Code of medical and sanitary regulations for the guidance of medical officers serving in the Madras Presidency - Volume II
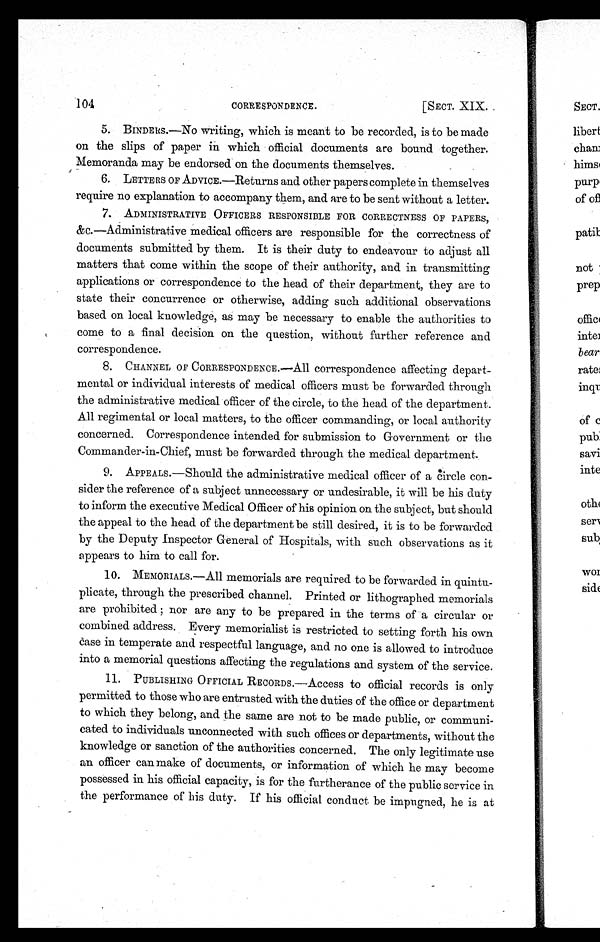
104
CORRESPONDENCE.
[SECT. XIX.
5. BINDERS.—No writing, which is meant to be recorded, is to be made
on the slips of paper in which official documents are bound together.
Memoranda may be endorsed on the documents themselves.
6. LETTERS OF ADVICE.—Returns and other papers complete in themselves
require no explanation to accompany them, and are to be sent without a letter.
7. ADMINISTRATIVE OFFICERS RESPONSIBLE FOR CORRECTNESS OF PAPERS,
&C.—Administrative medical officers are responsible for the correctness of
documents submitted by them. It is their duty to endeavour to adjust all
matters that come within the scope of their authority, and in transmitting
applications or correspondence to the head of their department, they are to
state their concurrence or otherwise, adding such additional observations
based on local knowledge, as may be necessary to enable the authorities to
come to a final decision on the question, without further reference and
correspondence.
8. CHANNEL OF CORRESPONDENCE.—All correspondence affecting depart-
mental or individual interests of medical officers must be forwarded through
the administrative medical officer of the circle, to the head of the department.
All regimental or local matters, to the officer commanding, or local authority
concerned. Correspondence intended for submission to Government or the
Commander-in-Chief, must be forwarded through the medical department.
9. APPEALS.—Should the administrative medical officer of a circle con-
sider the reference of a subject unnecessary or undesirable, it will be his duty
to inform the executive Medical Officer of his opinion on the subject, but should
the appeal to the head of the department be still desired, it is to be forwarded
by the Deputy Inspector General of Hospitals, with such observations as it
appears to him to call for.
10. MEMORIALS.—All memorials are required to be forwarded in quintu-
plicate, through the prescribed channel. Printed or lithographed memorials
are prohibited; nor are any to be prepared in the terms of a circular or
combined address. Every memorialist is restricted to setting forth his own
case in temperate and respectful language, and no one is allowed to introduce
into a memorial questions affecting the regulations and system of the service.
11. PUBLISHING OFFICIAL RECORDS.—Access to official records is only
permitted to those who are entrusted with the duties of the office or department
to which they belong, and the same are not to be made public, or communi-
cated to individuals unconnected with such offices or departments, without the
knowledge or sanction of the authorities concerned. The only legitimate use
an officer can make of documents, or information of which he may become
possessed in his official capacity, is for the furtherance of the public service in
the performance of his duty. If his official conduct be impugned, he is at